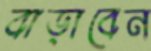
বাড়াবেন